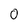
Character: 0